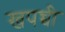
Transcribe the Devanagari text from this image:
खपच्ची